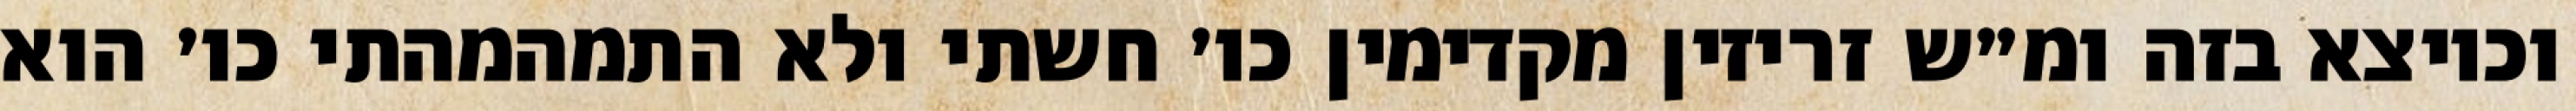
וכיוצא בזה ומ״ש זריזין מקדימין כו׳ חשתי ולא התמהמהתי כו׳ הוא